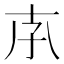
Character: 𡥇